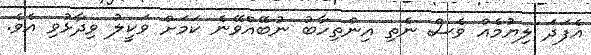
އެފަދަ ލިޔުމެއް ވެސް ނެތި އިންތިހާބު ނުބޭއްވޭނެ ކަމަށް ވަކީލު ވިދާޅުވި އެވެ.